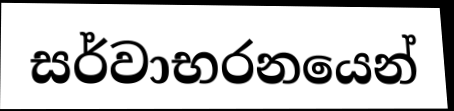
සර්වාභරනයෙන්